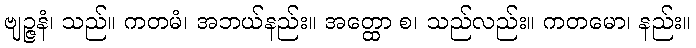
ဗျဉ္ဇနံ၊ သည်။ ကတမံ၊ အဘယ်နည်း။ အတ္ထော စ၊ သည်လည်း။ ကတမော၊ နည်း။